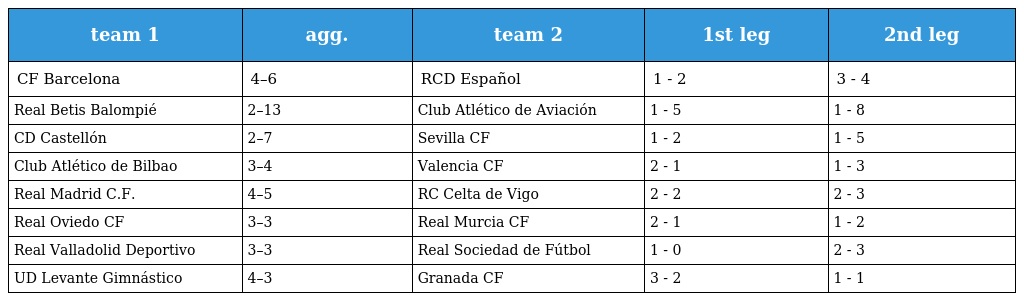
| team 1 | agg. | team 2 | 1st leg | 2nd leg |
 | --- | --- | --- | --- | --- |
 | CF Barcelona | 4–6 | RCD Español | 1 - 2 | 3 - 4 |
 | Real Betis Balompié | 2–13 | Club Atlético de Aviación | 1 - 5 | 1 - 8 |
 | CD Castellón | 2–7 | Sevilla CF | 1 - 2 | 1 - 5 |
 | Club Atlético de Bilbao | 3–4 | Valencia CF | 2 - 1 | 1 - 3 |
 | Real Madrid C.F. | 4–5 | RC Celta de Vigo | 2 - 2 | 2 - 3 |
 | Real Oviedo CF | 3–3 | Real Murcia CF | 2 - 1 | 1 - 2 |
 | Real Valladolid Deportivo | 3–3 | Real Sociedad de Fútbol | 1 - 0 | 2 - 3 |
 | UD Levante Gimnástico | 4–3 | Granada CF | 3 - 2 | 1 - 1 |